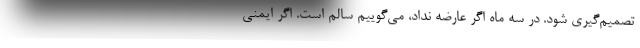
تصمیم‌گیری شود. در سه ماه اگر عارضه نداد، می‌گوییم سالم است. اگر ایمنی